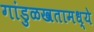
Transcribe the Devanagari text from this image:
गांडुळखतामध्ये